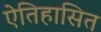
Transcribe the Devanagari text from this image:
ऐतिहासित